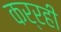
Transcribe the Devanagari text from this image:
कर्रही